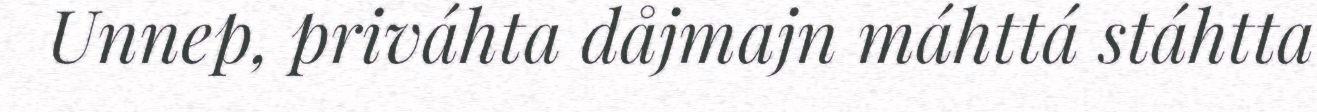
Unnep, priváhta dåjmajn máhttá stáhtta